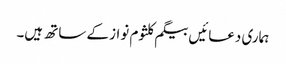
ہماری دعائیں بیگم کلثوم نواز کے ساتھ ہیں۔